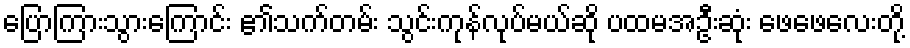
ပြောကြားသွားကြောင်း ၏သက်တမ်း သွင်းကုန်လုပ်မယ်ဆို ပထမအဦးဆုံး ဖေဖေလေးတို့